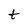
Character: t